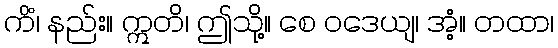
ကိံ၊ နည်း။ ဣတိ၊ ဤသို့။ စေ ဝဒေယျ၊ အံ့။ တထာ၊